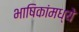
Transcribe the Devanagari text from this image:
भाषिकांमध्ये